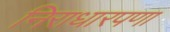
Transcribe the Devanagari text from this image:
निराधारपणा